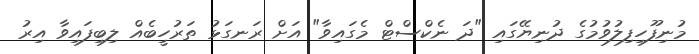
މުނިފޫހިފިލުވުމުގެ ދުނިޔޭގައި "ދަ ނެކްސްޓް މެގައިވާ" އަށް ރަނގަޅު ތަރުހީބެއް ލިބިފައިވާ އިރު